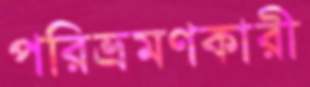
পরিভ্রমণকারী